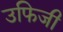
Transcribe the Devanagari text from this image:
उफिजी